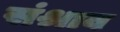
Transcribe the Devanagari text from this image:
संश्राव